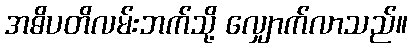
အဓိပတိလမ်းဘက်သို့ လျှောက်လာသည်။